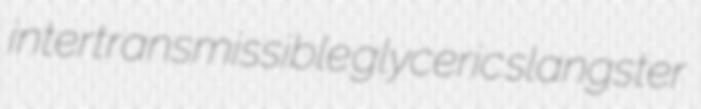
intertransmissible glyceric slangster